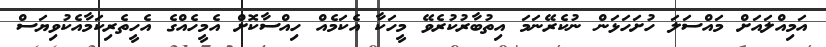
އަމިއްލައަށް މައްސަލަ ހުށަހަޅަން ނުކެރޭނަމަ އިތުބާރުކުރެވޭ މީހަކާ އެކަމެއް ހިއްސާކޮށް އެމީހެއްގެ އެހީތެރިކަމާއެކުވިޔަސް